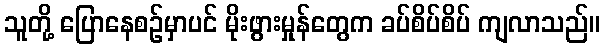
သူတို့ ပြောနေစဉ်မှာပင် မိုးဖွားမှုန်တွေက ခပ်စိပ်စိပ် ကျလာသည်။